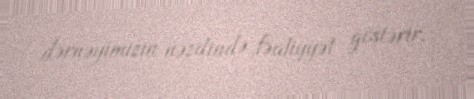
dərnəyimizin nəzdində fəaliyyət göstərir.